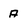
Character: A